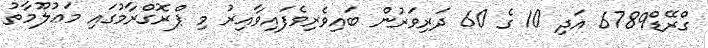
ގްރޭޑް6789 އަދި 10 ގެ 60 ދަރިވަރުން ބައިވެރިވެފައިވާއިރު މި ޕްރޮގްރާމުގައި މަޢުލޫމާތު